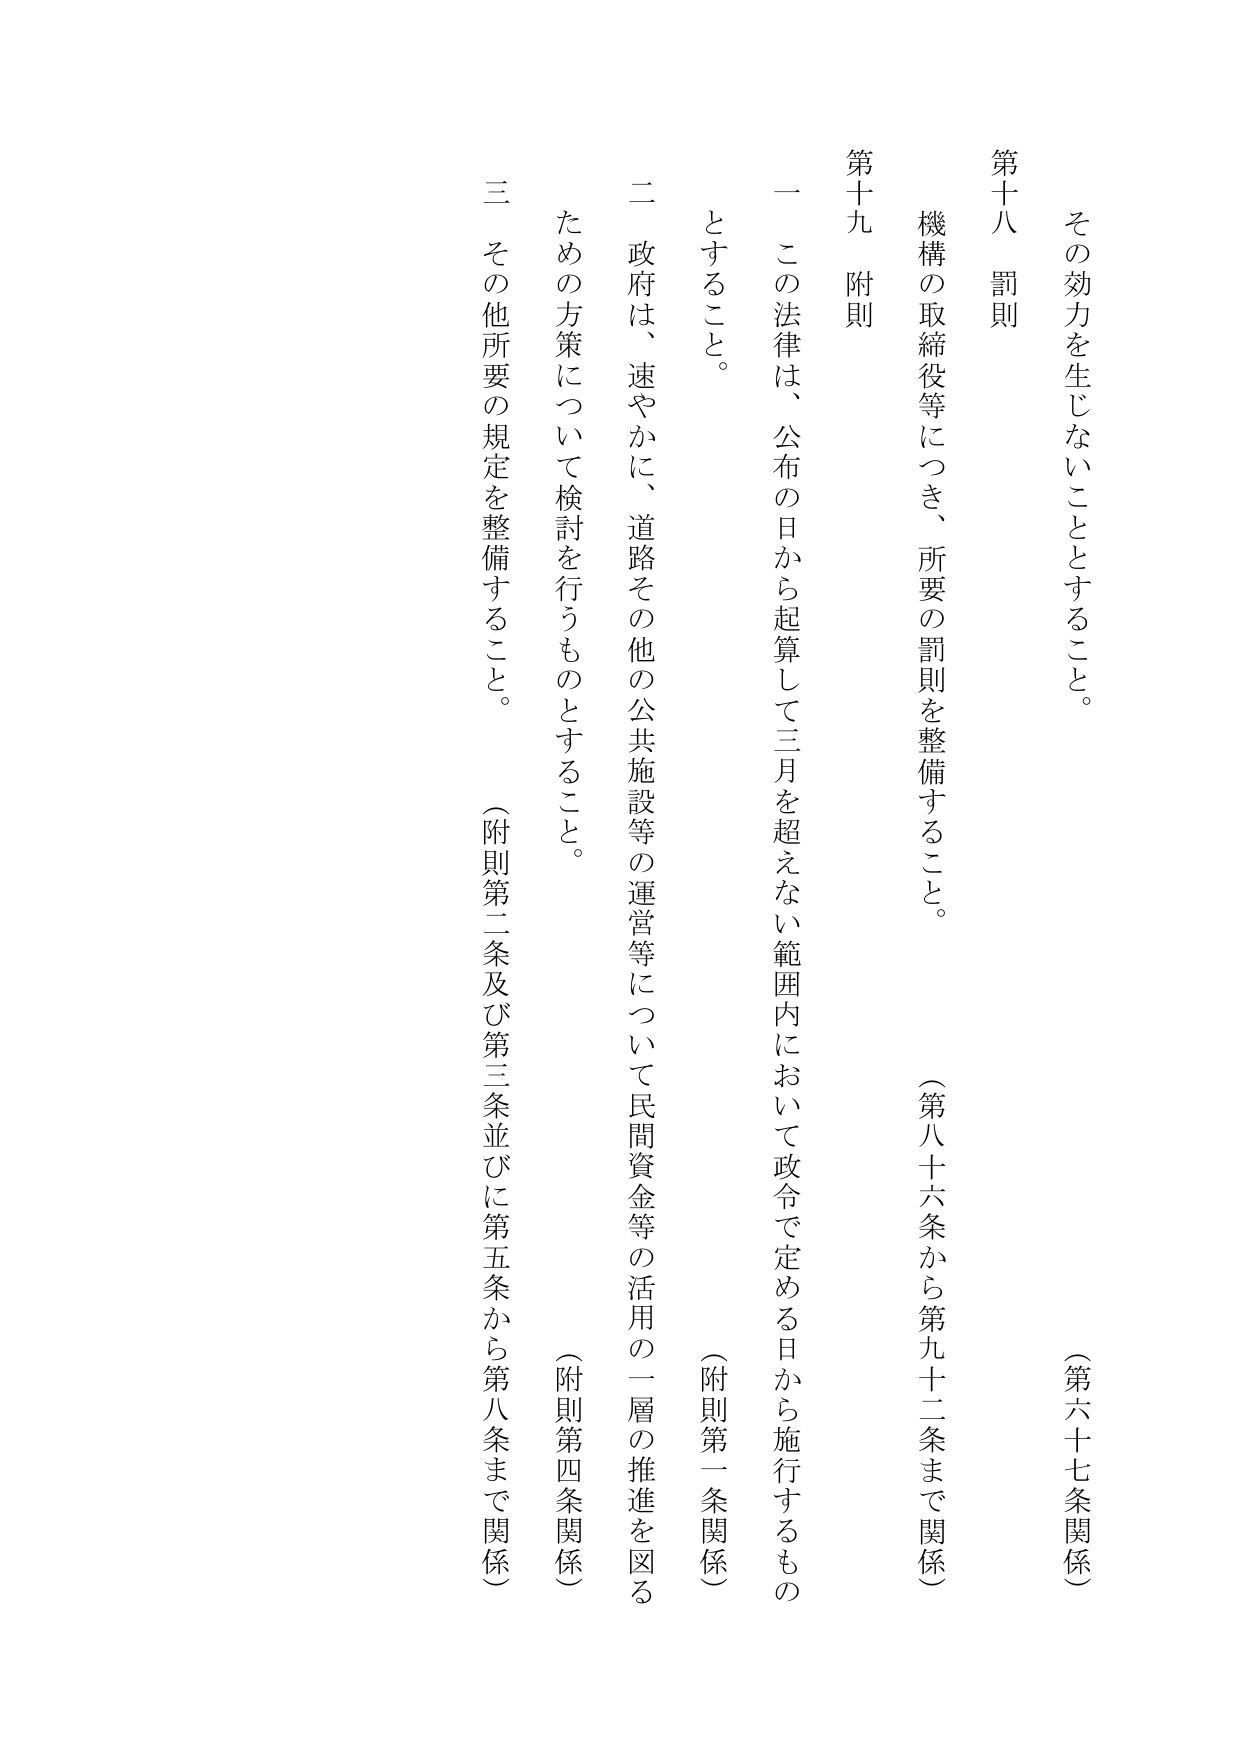
その効力を生じないこととすること。

（第六十七条関係）

第十八 罰則

機構の取締役等につき、所要の罰則を整備すること。

（第八十六条から第九十二条まで関係）

第十九 附則

一 この法律は、公布の日から起算して三月を超えない範囲内において政令で定める日から施行するものとすること。

（附則第一条関係）

二 政府は、速やかに、道路その他の公共施設等の運営等について民間資金等の活用の一層の推進を図るための方策について検討を行うものとすること。

（附則第四条関係）

三 その他所要の規定を整備すること。

（附則第二条及び第三条並びに第五条から第八条まで関係）